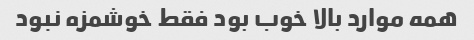
همه موارد بالا خوب بود فقط خوشمزه نبود